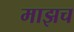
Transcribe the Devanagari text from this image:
माझच